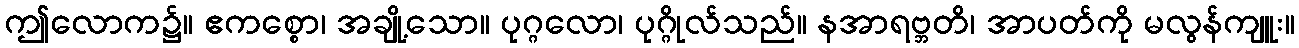
ဤလောက၌။ ဧကစ္စော၊ အချို့သော။ ပုဂ္ဂလော၊ ပုဂ္ဂိုလ်သည်။ နအာရဗ္ဘတိ၊ အာပတ်ကို မလွန်ကျူး။